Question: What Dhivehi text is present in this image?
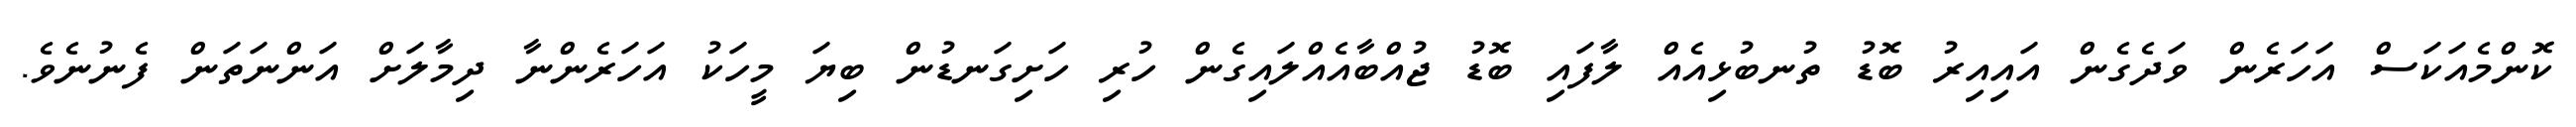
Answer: ކޮންމެއަކަސް އަހަރެން ވަދެގެން އައިއިރު ބޮޑު ތުނބުޅިއެއް ލާފައި ބޮޑު ޖުއްބާއެއްލައިގެން ހުރި ހަށިގަނޑުން ބިޔަ މީހަކު އަހަރެންނާ ދިމާލަށް އަންނަތަން ފެނުނެވެ.